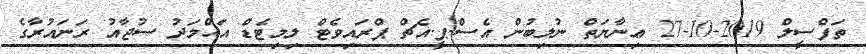
ތަފްސީލް 2019-10-27 ޢިނާޔަތް ނުލިބުން އެސް.ޕީ.އެޗް ޕްރައިވެޓް ލިމިޓެޑް އަޙްމަދު ސުޖާއު ރަނައުރާގެ